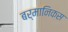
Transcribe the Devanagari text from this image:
बर्मानिकस